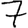
Digit: 7